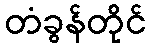
တံခွန်တိုင်